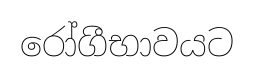
රෝගීභාවයට